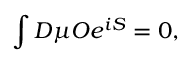
\int { \cal D } \mu { { \cal O } } e ^ { i S } = 0 ,